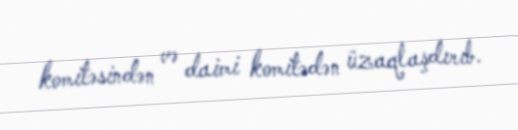
komitəsindən və daimi komitədən üzaqlaşdırıb.